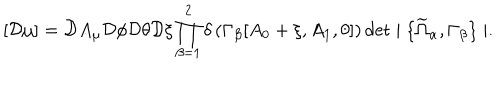
LaTeX: [ { \cal D } \mu ] = { \cal D } A _ { \mu } { \cal D } \phi { \cal D } \theta { \cal D } \xi \prod _ { \beta = 1 } ^ { 2 } \delta \left( \Gamma _ { \beta } [ A _ { 0 } + \xi , A _ { 1 } , \theta ] \right) \det \mid \{ \widetilde { \Omega } _ { \alpha } , \Gamma _ { \beta } \} \mid .